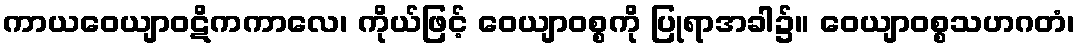
ကာယဝေယျာဝဋိကကာလေ၊ ကိုယ်ဖြင့် ဝေယျာဝစ္စကို ပြုရာအခါ၌။ ဝေယျာဝစ္စသဟဂတံ၊